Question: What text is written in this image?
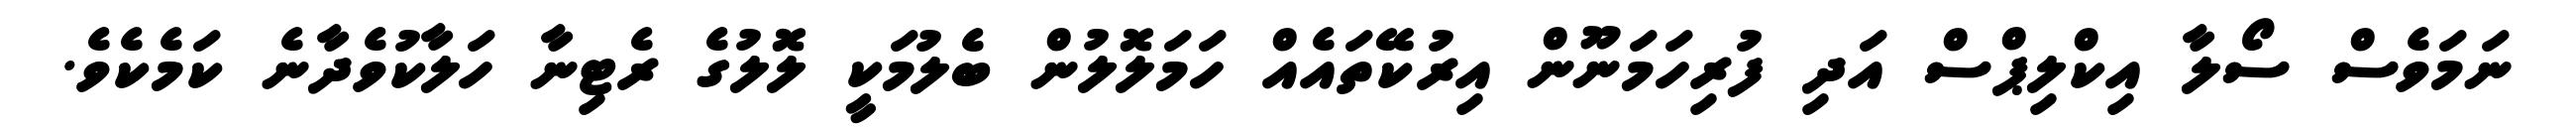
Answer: ނަމަވެސް ސޯލާ އިކްލިޕްސް އަދި ފުރިހަމަނޫން އިރުކޭތައެއް ހަމަލޮލުން ބެލުމަކީ ލޮލުގެ ރެޓިނާ ހަލާކުވެދާނެ ކަމެކެވެ.